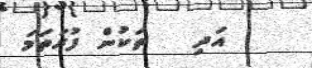
އަދި   ތަކުން ފުރަތަމަ